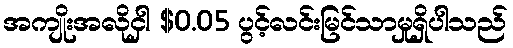
အကျိုးအလိုငှါ $0.05 ပွင့်လင်းမြင်သာမှုရှိပါသည်